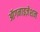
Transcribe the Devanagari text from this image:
ऑगनाइज़ेशन